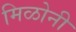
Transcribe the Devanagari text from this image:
मिळोनी